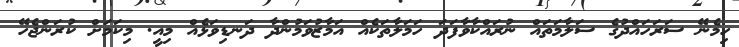
ހިމެނޭ ސަރަހައްދުގެ ސަލާމަތައް ނުރައްކާވާފަދަ ހަމަލާތަކެއް އަމާޒުވަމުންދާ ދަނޑިވަޅެއް މިއީ. މިކަމަށް ކުރަންޖެހޭ